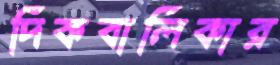
দিকবালিকার